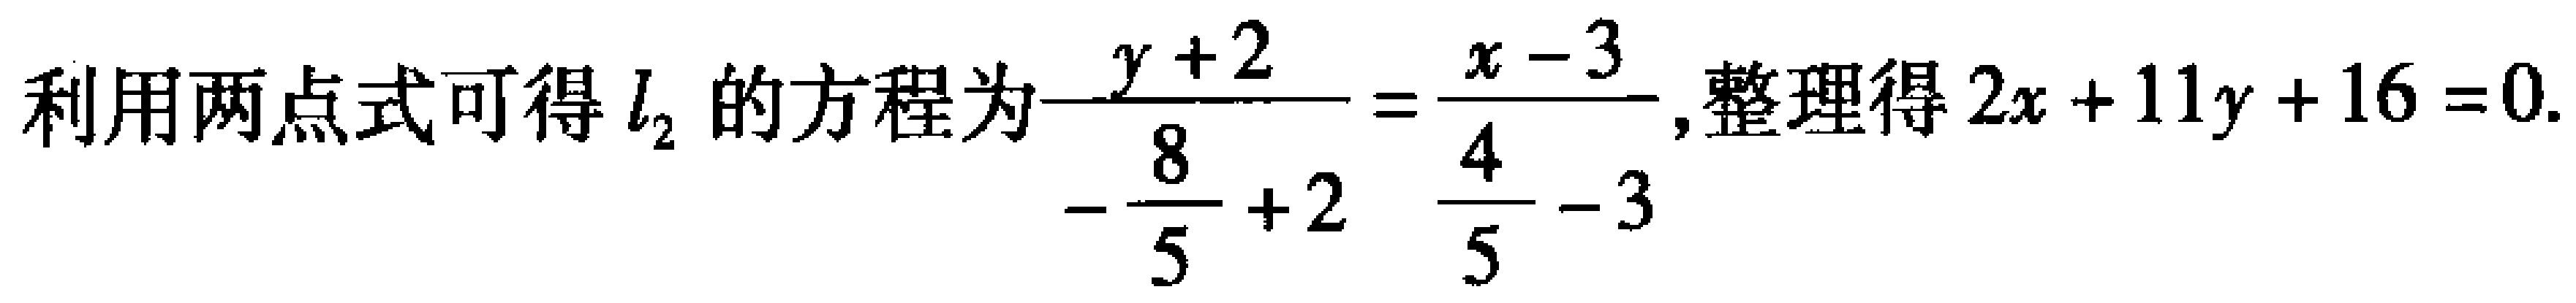
利用两点式可得 \(l_{2}\) 的方程为\(\frac{y + 2}{-\frac{8}{5} + 2}=\frac{x - 3}{\frac{4}{5} - 3}\),整理得 \(2x + 11y + 16 = 0\).